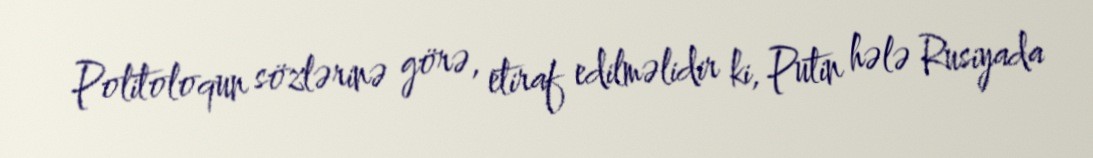
Politoloqun sözlərinə görə, etiraf edilməlidir ki, Putin hələ Rusiyada